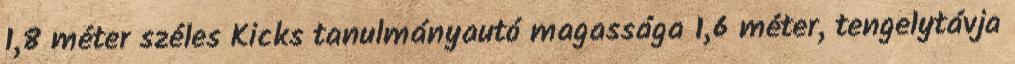
1,8 méter széles Kicks tanulmányautó magassága 1,6 méter, tengelytávja